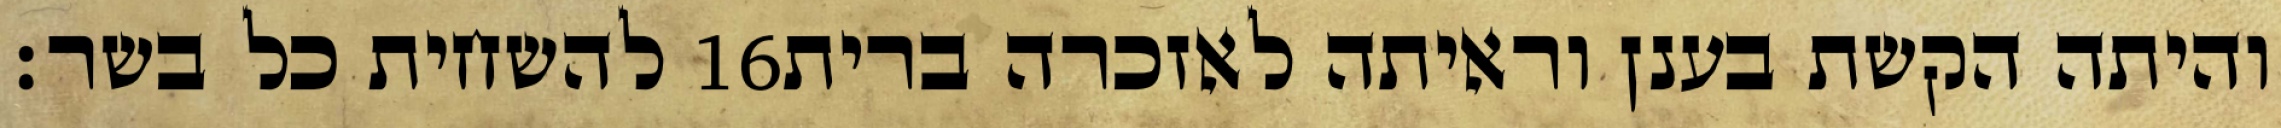
להשחית כל בשר׃ ‎16‏ והיתה הקשת בענן וראיתה לאזכרה ברית